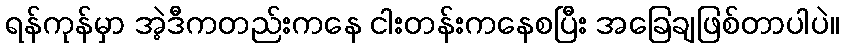
ရန်ကုန်မှာ အဲ့ဒီကတည်းကနေ ငါးတန်းကနေစပြီး အခြေချဖြစ်တာပါပဲ။